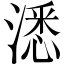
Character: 㴽